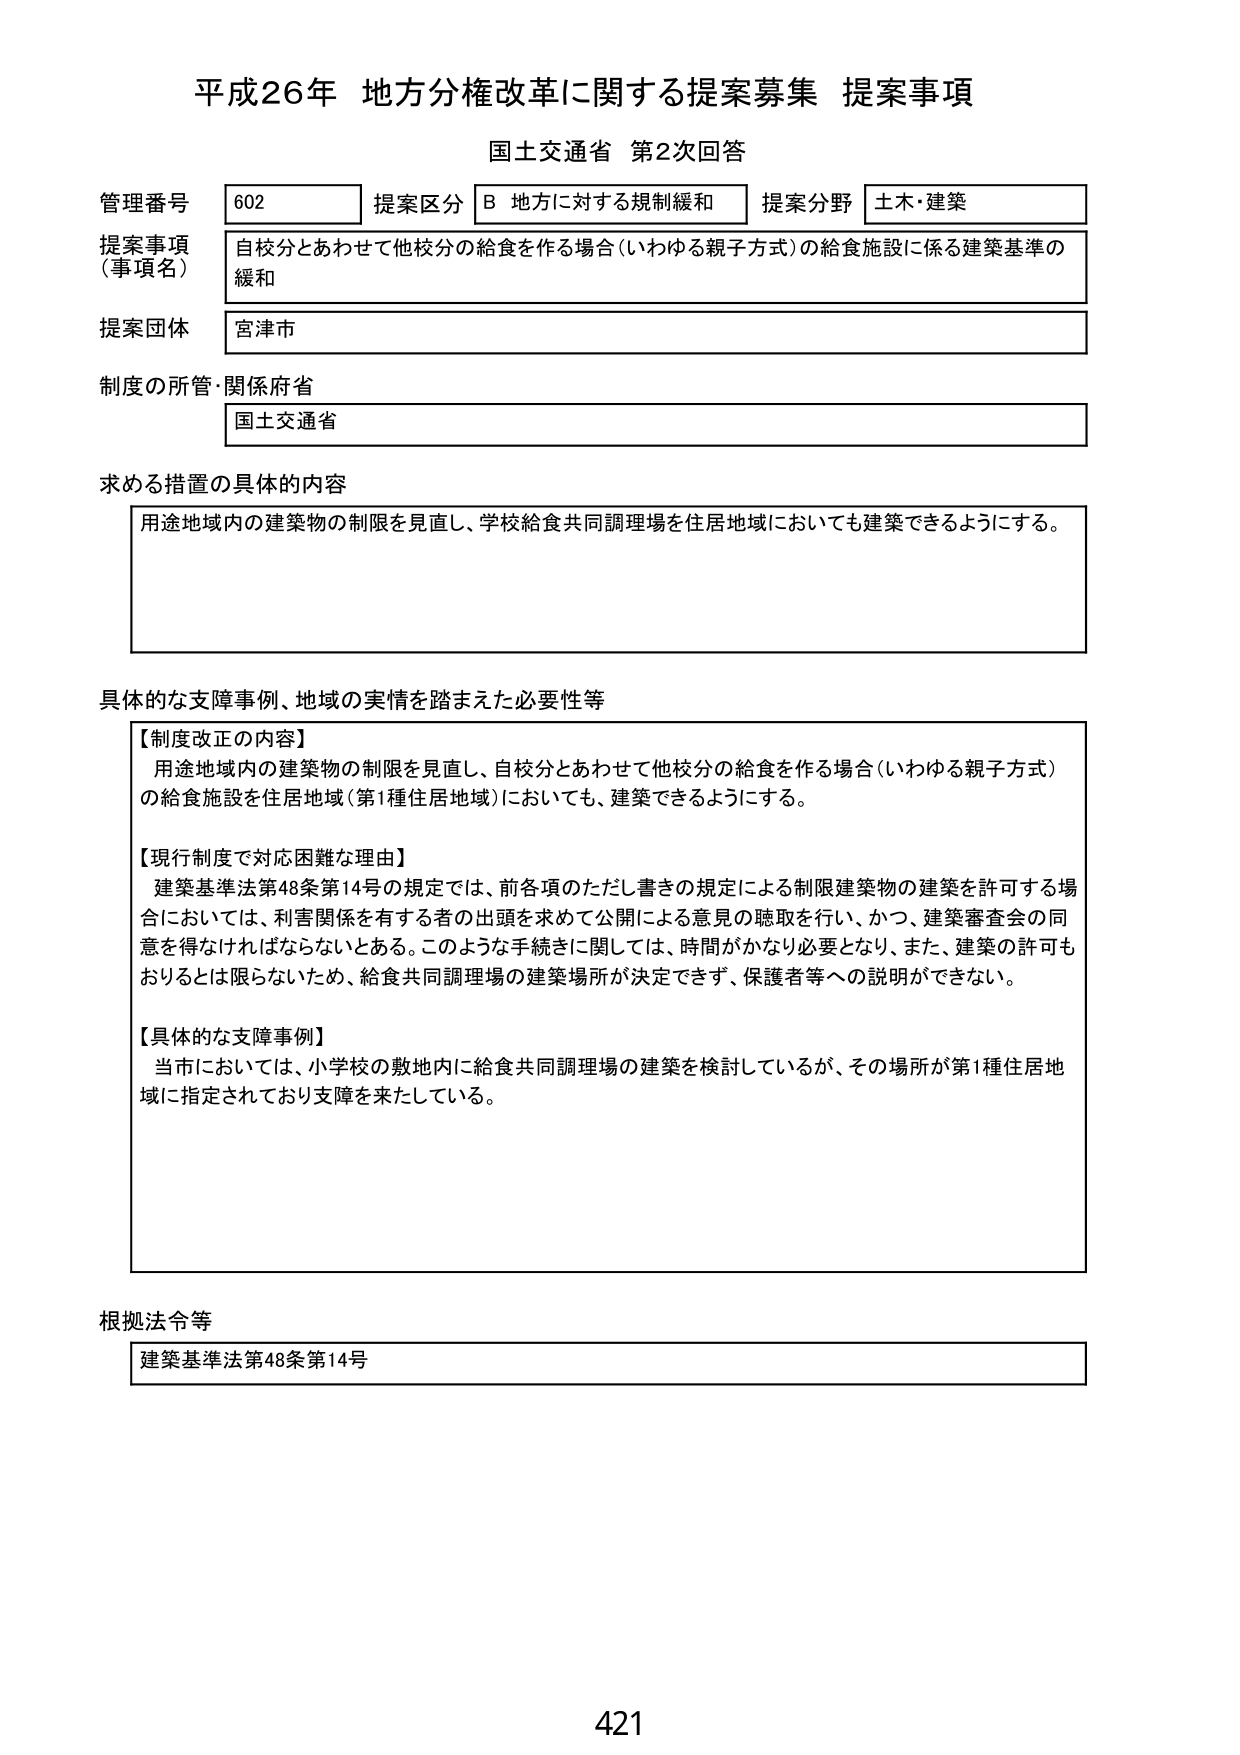
平成26年 地方分権改革に関する提案募集 提案事項
国土交通省 第2次回答

管理番号 602
提案区分 B 地方に対する規制緩和
提案分野 土木・建築

提案事項（事項名）
自校分とあわせて他校分の給食を作る場合（いわゆる親子方式）の給食施設に係る建築基準の緩和

提案団体
宮津市

制度の所管・関係府省
国土交通省

求める措置の具体的な内容
用途地域内の建築物の制限を見直し、学校給食共同調理場を住居地域においても建築できるようにする。

具体的な支障事例、地域の実情を踏まえた必要性等
【制度改正の内容】
用途地域内の建築物の制限を見直し、自校分とあわせて他校分の給食を作る場合（いわゆる親子方式）の給食施設を住居地域（第1種住居地域）においても、建築できるようにする。

【現行制度で対応困難な理由】
建築基準法第48条第14号の規定では、前各項のただし書きの規定による制限建築物の建築を許可する場合においては、利害関係を有する者の出頭を求めて公開による意見の聴取を行い、かつ、建築審査会の同意を得なければならないとある。このような手続きに関しては、時間がかなり必要となり、また、建築の許可もおりるとは限らないため、給食共同調理場の建築場所が決定できず、保護者等への説明ができない。

【具体的な支障事例】
当市においては、小学校の敷地内に給食共同調理場の建築を検討しているが、その場所が第1種住居地域に指定されており支障を来たしている。

根拠法令等
建築基準法第48条第14号

421